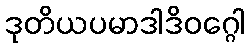
ဒုတိယပမာဒါဒိဝဂ္ဂေါ